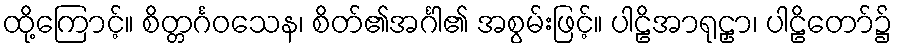
ထို့ကြောင့်။ စိတ္တင်္ဂဝသေန၊ စိတ်၏အင်္ဂါ၏ အစွမ်းဖြင့်။ ပါဠိအာရုဠှာ၊ ပါဠိတော်၌